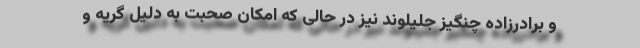
و برادرزاده چنگیز جلیلوند نیز در حالی که امکان صحبت به دلیل گریه و